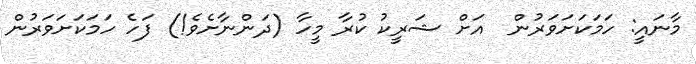
މާނައީ: ހަމަކަށަވަރުން  އަށް ޝަރީކު ކުރާ މީހާ (ދަންނާށެވެ!) ފަހެ ހަމަކަށަވަރުން